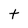
Character: t